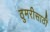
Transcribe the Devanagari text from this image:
ठुमरीसाठी